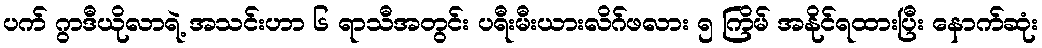
ပက် ဂွာဒီယိုလာရဲ့ အသင်းဟာ ၆ ရာသီအတွင်း ပရီးမီးယားလိဂ်ဖလား ၅ ကြိမ် အနိုင်ရထားပြီး နောက်ဆုံး